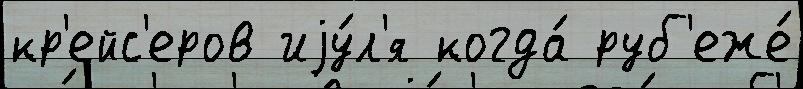
кр'ейс'еров иjу́л'я когда́ руб'еже́